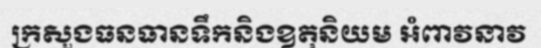
ក្រសួងធនធានទឹកនិងឧតុនិយម អំពាវនាវ